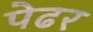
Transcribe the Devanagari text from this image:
पेढर